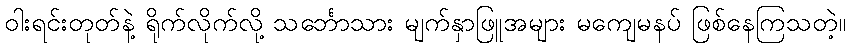
ဝါးရင်းတုတ်နဲ့ ရိုက်လိုက်လို့ သင်္ဘောသား မျက်နှာဖြူအများ မကျေမနပ် ဖြစ်နေကြသတဲ့။